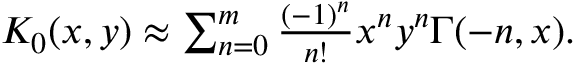
\begin{array} { r } { K _ { 0 } ( x , y ) \approx \sum _ { n = 0 } ^ { m } \frac { ( - 1 ) ^ { n } } { n ! } x ^ { n } y ^ { n } \Gamma ( - n , x ) . } \end{array}